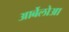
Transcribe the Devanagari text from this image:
आर्बेलोआ